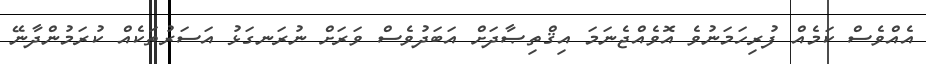
އެއްވެސް ކަމެއް ފުރިހަމަނުވެ އޮވެއްޖެނަމަ އިޤްތިޞާދަށް އަބަދުވެސް ވަރަށް ނުރަނގަޅު އަސަރުތަކެއް ކުރަމުންދާނޭ